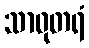
သာဓုတရံ